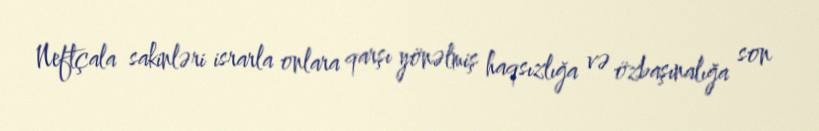
Neftçala sakinləri israrla onlara qarşı yönəlmiş haqsızlığa və özbaşınalığa son